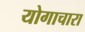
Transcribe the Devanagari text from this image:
योगाचारा